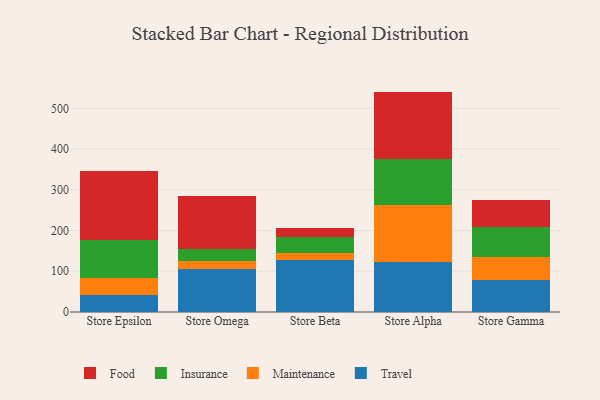
{"axis": {"x": "Store", "y": "Customer Acquisition Cost (USD)"}, "legend": ["Food", "Insurance", "Maintenance", "Travel"], "data": [{"x": "Store Epsilon", "y": 41.4, "type": "Travel"}, {"x": "Store Epsilon", "y": 41.4, "type": "Maintenance"}, {"x": "Store Epsilon", "y": 94.8, "type": "Insurance"}, {"x": "Store Epsilon", "y": 167.6, "type": "Food"}, {"x": "Store Omega", "y": 104.9, "type": "Travel"}, {"x": "Store Omega", "y": 21.1, "type": "Maintenance"}, {"x": "Store Omega", "y": 28.1, "type": "Insurance"}, {"x": "Store Omega", "y": 130.9, "type": "Food"}, {"x": "Store Beta", "y": 127.4, "type": "Travel"}, {"x": "Store Beta", "y": 17.3, "type": "Maintenance"}, {"x": "Store Beta", "y": 40.1, "type": "Insurance"}, {"x": "Store Beta", "y": 21.7, "type": "Food"}, {"x": "Store Alpha", "y": 121.6, "type": "Travel"}, {"x": "Store Alpha", "y": 140.0, "type": "Maintenance"}, {"x": "Store Alpha", "y": 114.1, "type": "Insurance"}, {"x": "Store Alpha", "y": 165.3, "type": "Food"}, {"x": "Store Gamma", "y": 78.6, "type": "Travel"}, {"x": "Store Gamma", "y": 55.8, "type": "Maintenance"}, {"x": "Store Gamma", "y": 74.4, "type": "Insurance"}, {"x": "Store Gamma", "y": 65.6, "type": "Food"}]}